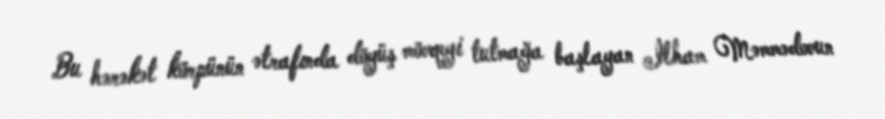
Bu hərəkət körpünün ətrafında döyüş mövqeyi tutmağa başlayan İlham Məmmədovun